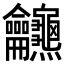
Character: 𪛖